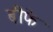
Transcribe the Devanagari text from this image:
बीफे